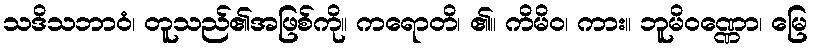
သဒိသဘာဝံ၊ တူသည်၏အဖြစ်ကို။ ကရောတိ၊ ၏။ ကိမိဝ၊ ကား။ ဘူမိဝဏ္ဏော၊ မြေ